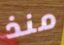
منذ